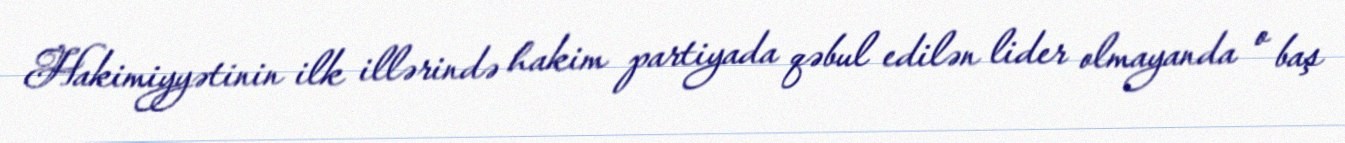
Hakimiyyətinin ilk illərində hakim partiyada qəbul edilən lider olmayanda o baş